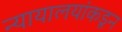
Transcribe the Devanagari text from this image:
न्यायालयांकडून